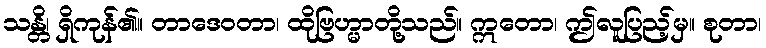
သန္တိ၊ ရှိကုန်၏။ တာဒေဝတာ၊ ထိုဗြဟ္မာတို့သည်။ ဣတော၊ ဤလူပြည့်မှ။ စုတာ၊